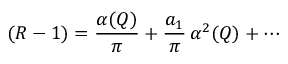
( R - 1 ) = { \frac { \alpha ( Q ) } { \pi } } + { \frac { a _ { 1 } } { \pi } } \, \alpha ^ { 2 } ( Q ) + \cdots